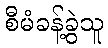
စီမံခန့်ခွဲသူ